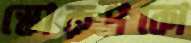
স্কোরুপকো